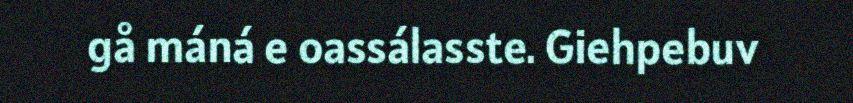
gå máná e oassálasste. Giehpebuv